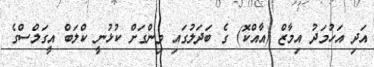
އަދި އަހުމަދު އިމާޒް (އާއްކޮ) ގެ ބަދަލުގައި ވިންގަށް ކުޅުނީ ކްލަބް އީގަލްސްގެ